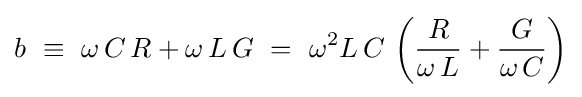
b~\equiv ~\omega \,C\,R+\omega \,L\,G~=~\omega ^{2}L\,C\,\left({\frac {R}{\omega \,L}}+{\frac {G}{\omega \,C}}\right)